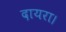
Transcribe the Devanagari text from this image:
दायरा।